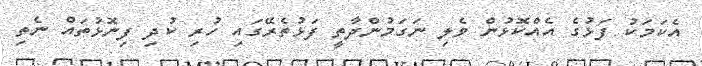
އެކަމަކު ފަޅުގެ އެއްކޮޅުން ވެލި ނަގަމުންދާތީ ފަޅުތެރޭގައި ހުރި ކުދި ފިނޮޅުތައް ނެތި